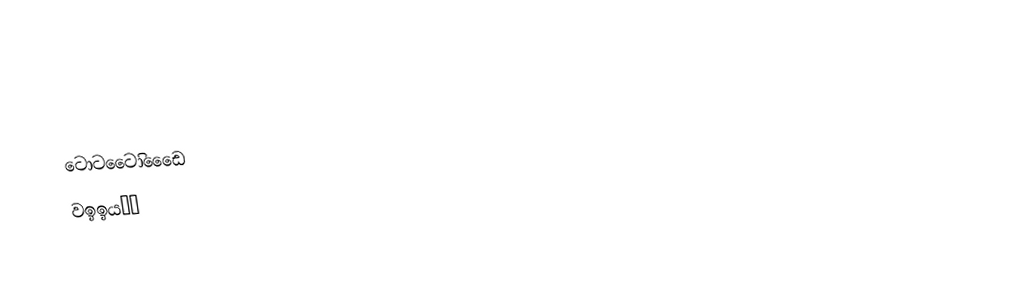
ට‍ොටට‍ෛිාඩෙෙෙ
වඉඉයשק